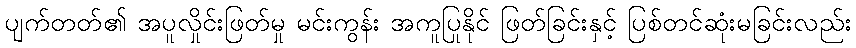
ပျက်တတ်၏ အပူလှိုင်းဖြတ်မှု မင်းကွန်း အကူပြုနိုင် ဖြတ်ခြင်းနှင့် ပြစ်တင်ဆုံးမခြင်းလည်း